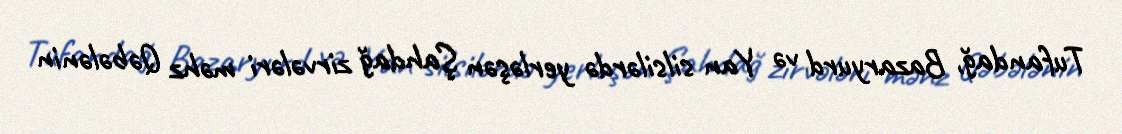
Tufandağ, Bazaryurd və Yan silsilərdə yerləşən Şahdağ zirvələri məhz Qəbələnin